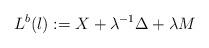
LaTeX: \begin{align*} L^b(\l):=X+\lambda^{-1}\Delta+\lambda M\end{align*}